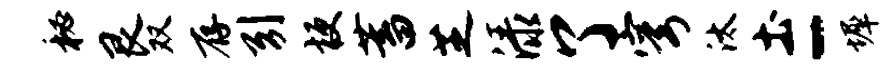
秘艮双存引梗蓄芝渌了穹汰土-墀